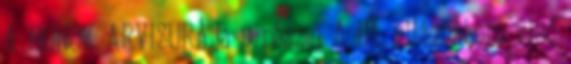
A HUNOK ARVISURÁJa 9-rész 1 A III. világháború első